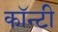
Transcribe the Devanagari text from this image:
काॅन्टी